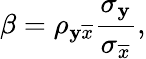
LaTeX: \beta=\rho_{\mathbf{y}\overline{{{x}}}}\frac{{\sigma_{\mathbf{y}}}}{{\sigma_{\overline{{{x}}}}}},